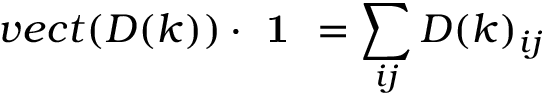
v e c t ( D ( k ) ) \cdot \textbf { 1 } = \sum _ { i j } D ( k ) _ { i j }